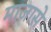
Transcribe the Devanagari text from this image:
माजासे